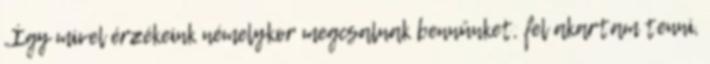
„Így mivel érzékeink némelykor megcsalnak bennünket, fel akartam tenni,